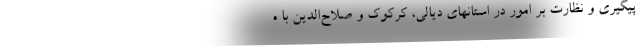
پیگیری و نظارت بر امور در استانهای دیالی، کرکوک و صلاح‌الدین با ه